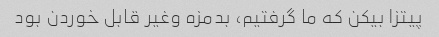
پیتزا بیکن که ما گرفتیم، بدمزه وغیر قابل خوردن بود